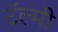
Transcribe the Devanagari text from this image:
टॅल्मी